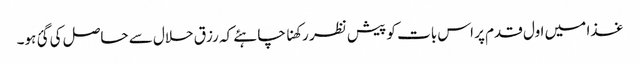
غذا میں اول قدم پر اس بات کو پیش نظر رکھنا چاہئے کہ رزق حلال سے حاصل کی گئ ہو۔